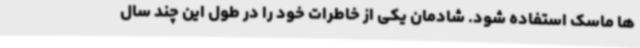
ها ماسک استفاده شود. شادمان یکی از خاطرات خود را در طول این چند سال